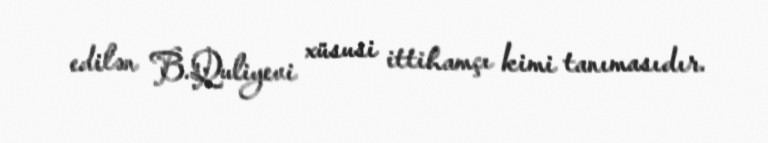
edilən B.Quliyevi xüsusi ittihamçı kimi tanımasıdır.